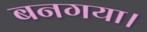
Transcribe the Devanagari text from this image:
बनगया।